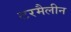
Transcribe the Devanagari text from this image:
टरमैलीन